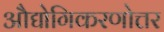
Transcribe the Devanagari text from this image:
औद्योगिकरणोत्तर